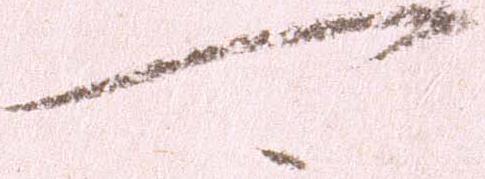
可